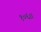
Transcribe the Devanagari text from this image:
१०६।।